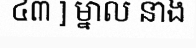
៤៣ ] ម្នាល នាង